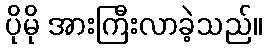
ပိုမို အားကြီးလာခဲ့သည်။